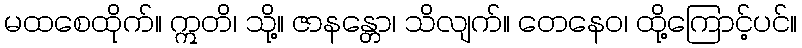
မထစေထိုက်။ ဣတိ၊ သို့။ ဇာနန္တော၊ သိလျက်။ တေနေဝ၊ ထို့ကြောင့်ပင်။